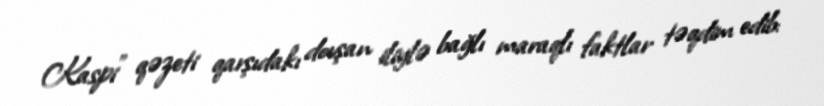
Kaspi" qəzeti qarşıdakı dovşan iliylə bağlı maraqlı faktlar təqdim edib: